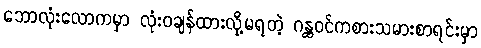
ဘောလုံးလောကမှာ လုံးဝချန်ထားလို့မရတဲ့ ဂန္ထဝင်ကစားသမားစာရင်းမှာ